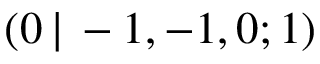
( 0 \, | \, - 1 , - 1 , 0 ; 1 )